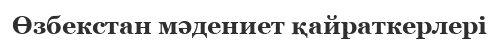
Өзбекстан мәдениет қайраткерлері